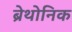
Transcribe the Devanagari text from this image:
ब्रेथोनिक